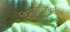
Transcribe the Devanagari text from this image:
विभवपरिवर्तक